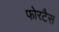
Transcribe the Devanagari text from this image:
फोरटैस